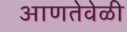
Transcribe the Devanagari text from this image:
आणतेवेळी